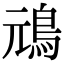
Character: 䲮